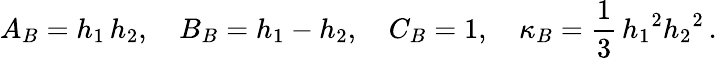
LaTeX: A_{B}=h_{1}\, h_{2},\quad B_{B}=h_{1}-h_{2},\quad C_{B}=1,\quad\kappa_{B}=\frac 13\, {h_{1}}^{2}{h_{2}}^{2}\, .